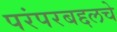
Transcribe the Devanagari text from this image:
परंपरबद्दलचे